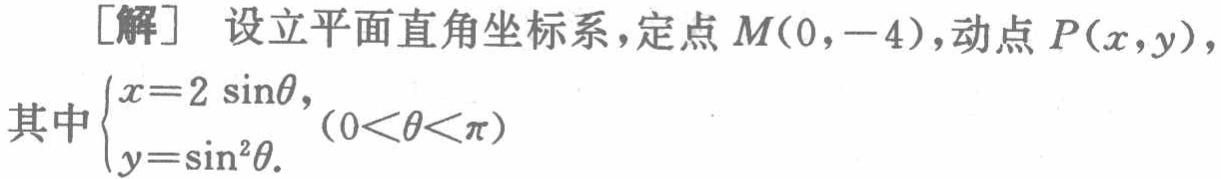
[解] 设立平面直角坐标系，定点 \(M(0, - 4)\)，动点 \(P(x,y)\)，
其中\(\begin{cases}x = 2\sin\theta,\\y=\sin^{2}\theta.\end{cases}(0<\theta<\pi)\)